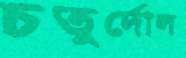
চতুর্দোল